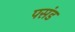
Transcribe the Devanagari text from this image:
पसंड